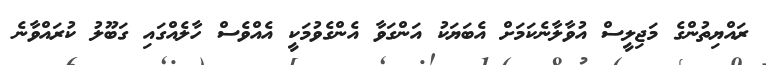
ރައްޔިތުންގެ މަޖިލީސް އުވާލާނެކަމަށް އެބަޔަކު އަންގަވާ އެންގެވުމަކީ އެއްވެސް ހާލެއްގައި ގަބޫލު ކުރައްވާނެ